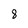
Character: 8